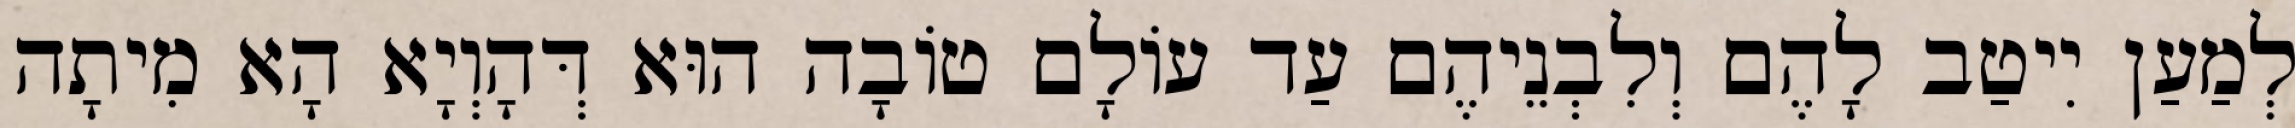
לְמַעַן יִיטַב לָהֶם וְלִבְנֵיהֶם עַד עוֹלָם טוֹבָה הוּא דְּהָוְיָא הָא מִיתָה